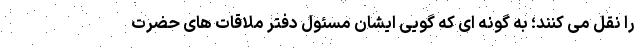
را نقل می کنند؛ به گونه ای که گویی ایشان مسئول دفتر ملاقات های حضرت